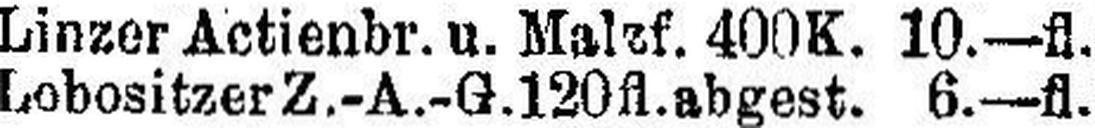
Lobositzer Z.-A.-G. 120 fl. abgest. 6.—fl.